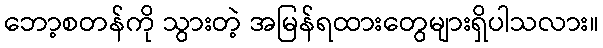
ဘော့စတန်ကို သွားတဲ့ အမြန်ရထားတွေများရှိပါသလား။